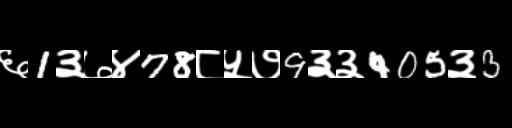
Text: ६1३७४78८५७9३३405३3